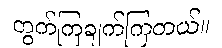
တွက်ကြချက်ကြတယ်။